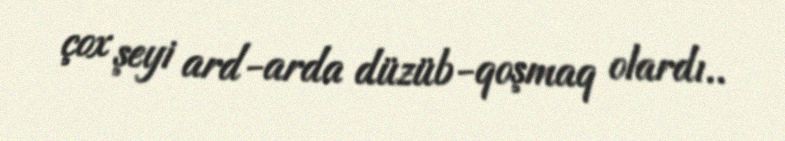
çox şeyi ard-arda düzüb-qoşmaq olardı..